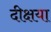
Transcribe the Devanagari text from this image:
दीक्षया